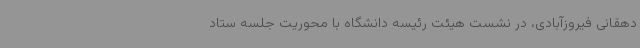
دهقانی فیروزآبادی، در نشست هیئت رئیسه دانشگاه با محوریت جلسه ستاد